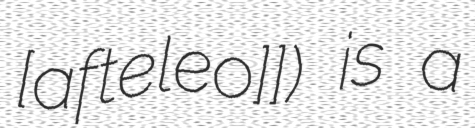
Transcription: [aftelːeˈɾo]]) is a